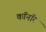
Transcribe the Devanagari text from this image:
कॉनॉर